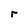
Character: r